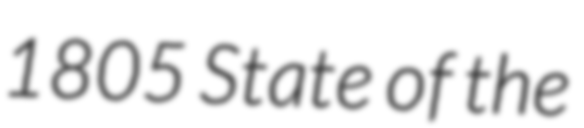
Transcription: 1805 State of the